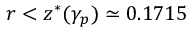
r < z ^ { * } ( \gamma _ { p } ) \simeq 0 . 1 7 1 5